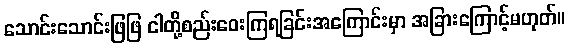
သောင်းသောင်းဖြဖြ ငါတို့စည်းဝေးကြရခြင်းအကြောင်းမှာ အခြားကြောင့်မဟုတ်။